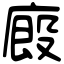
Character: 廄